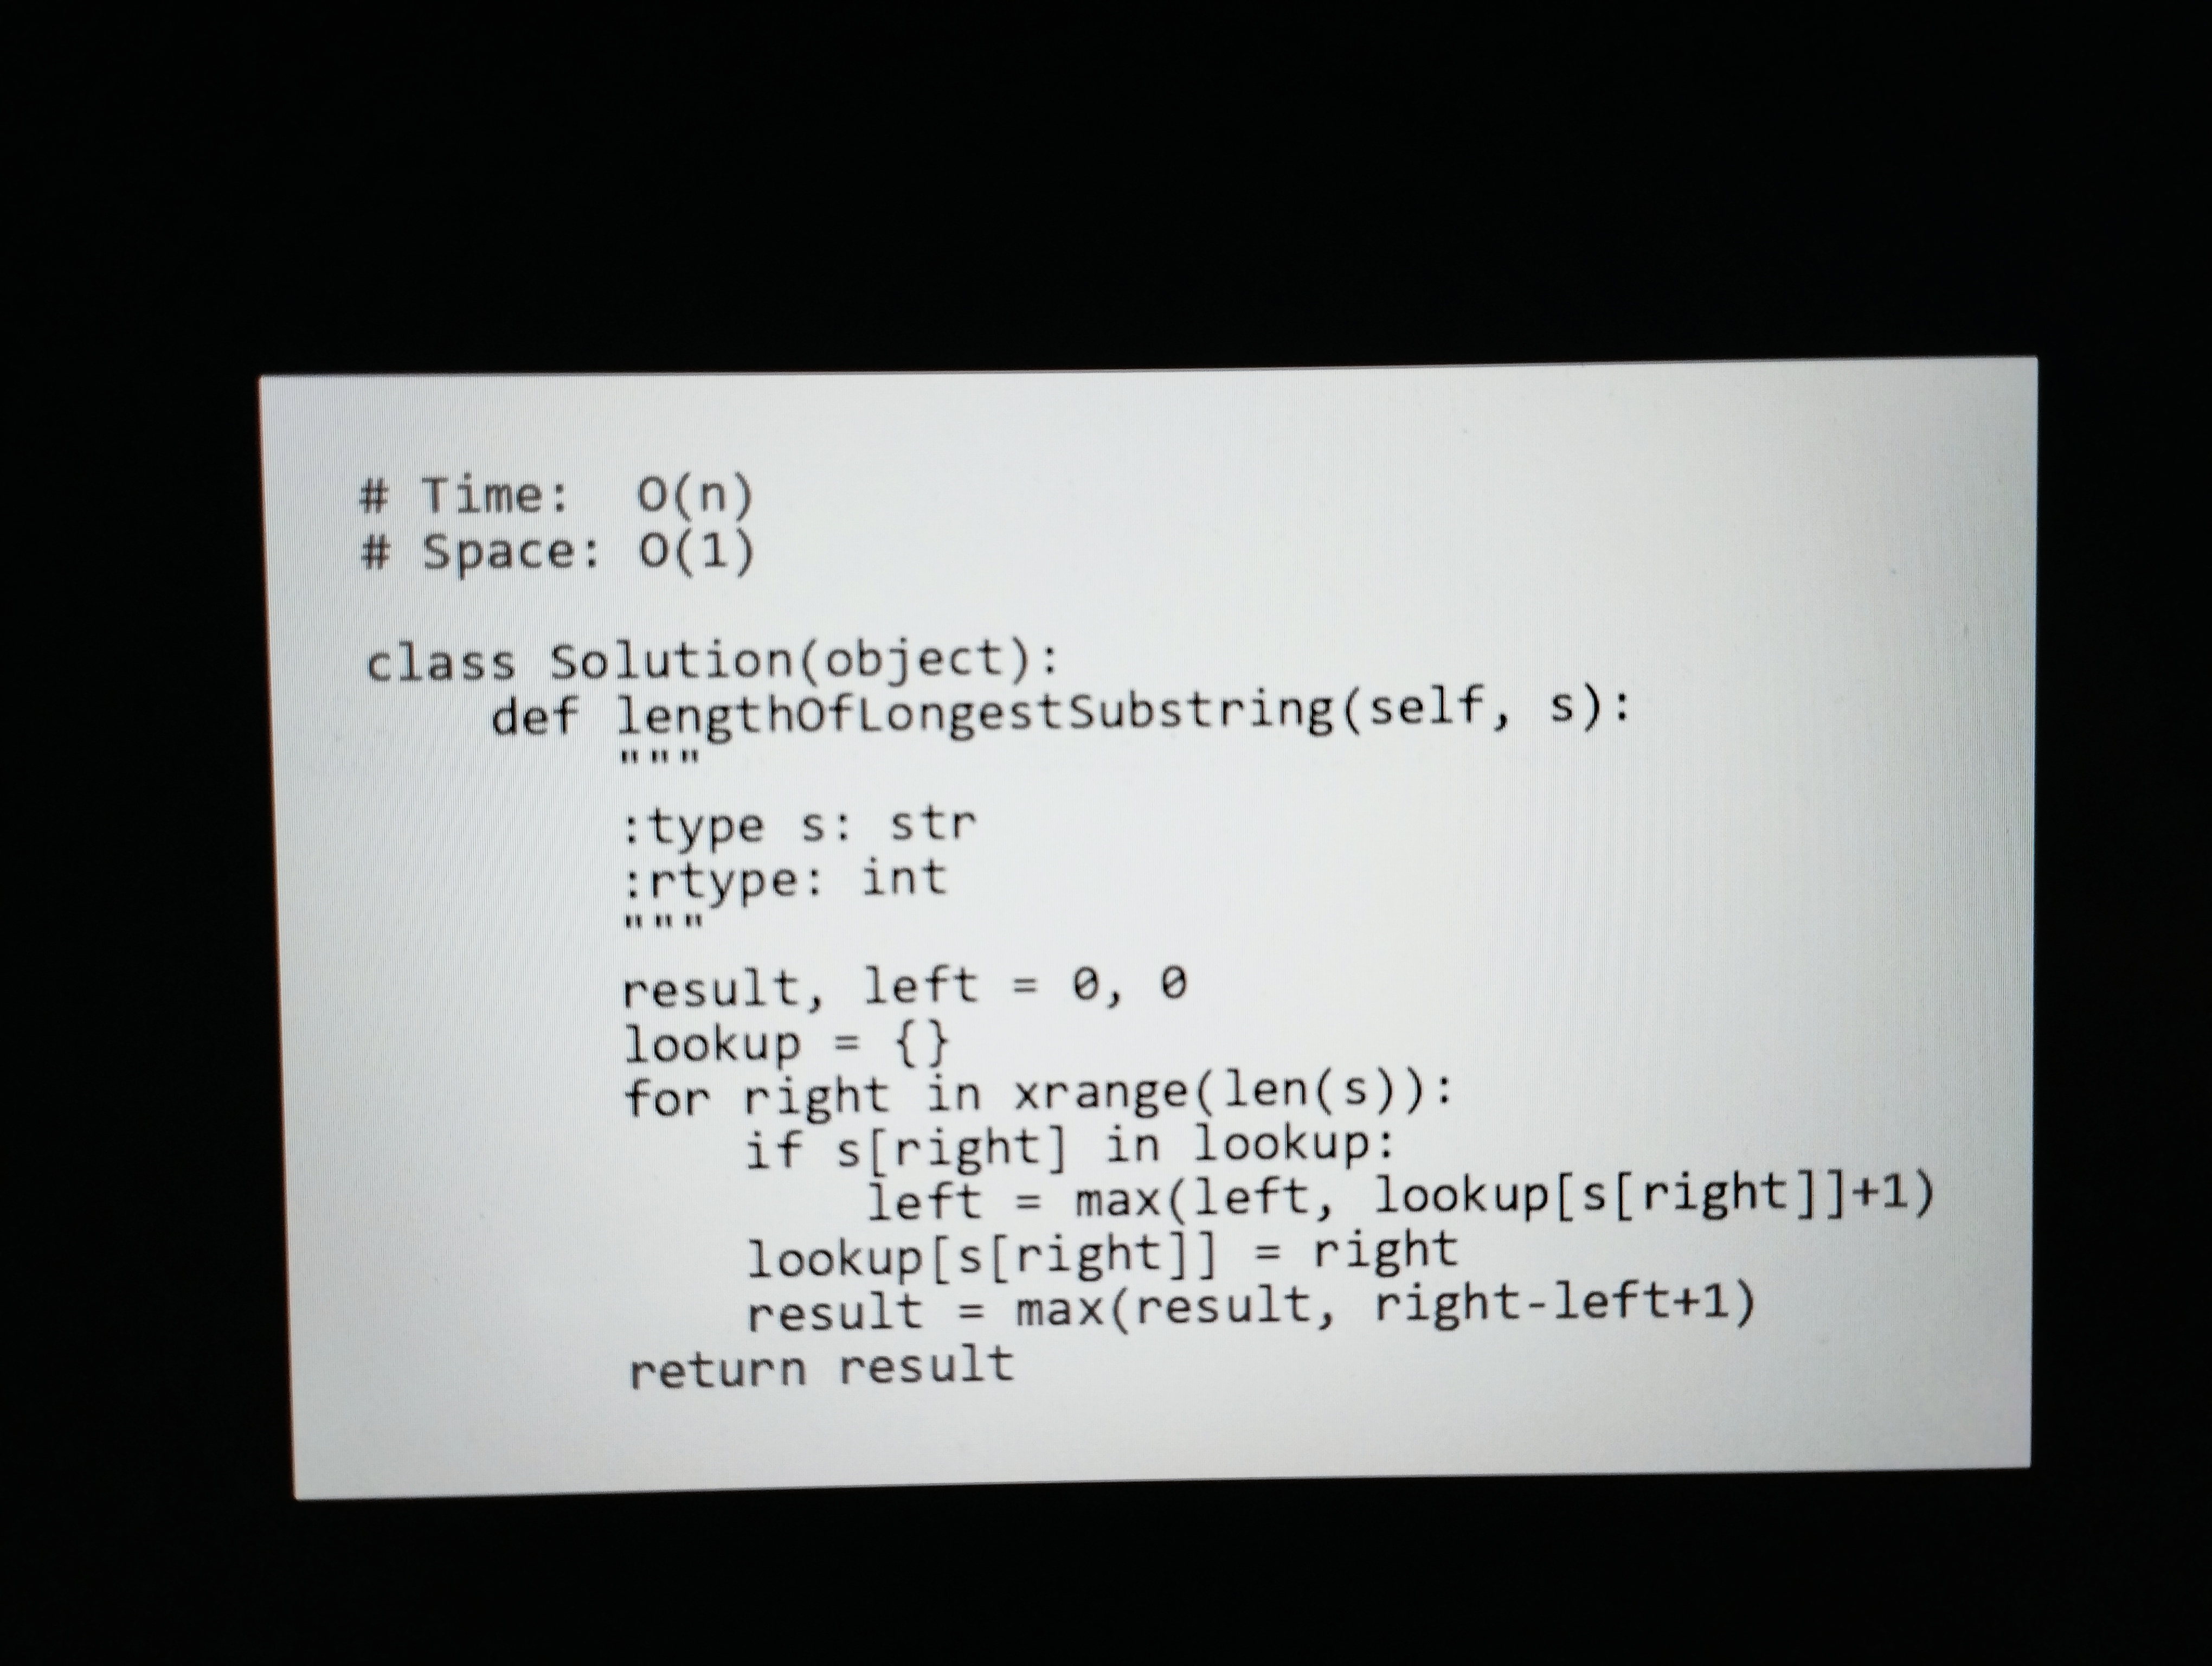
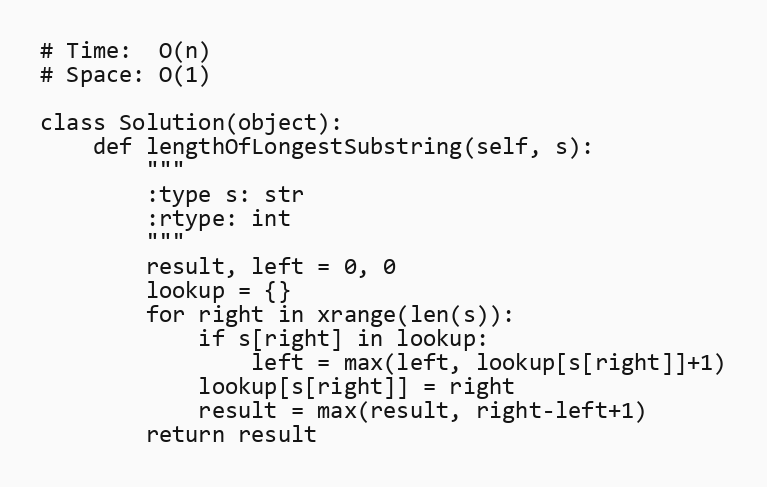
# Time:  O(n)
# Space: O(1)

class Solution(object):
    def lengthOfLongestSubstring(self, s):
        """
        :type s: str
        :rtype: int
        """
        result, left = 0, 0
        lookup = {}
        for right in xrange(len(s)):
            if s[right] in lookup:
                left = max(left, lookup[s[right]]+1)
            lookup[s[right]] = right
            result = max(result, right-left+1)
        return result